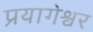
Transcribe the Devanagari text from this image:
प्रयागेश्वर